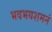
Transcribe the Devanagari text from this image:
भवभयशमनं